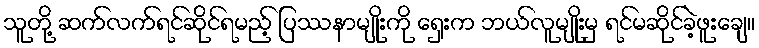
သူတို့ ဆက်လက်ရင်ဆိုင်ရမည့် ပြဿနာမျိုးကို ရှေးက ဘယ်လူမျိုးမှ ရင်မဆိုင်ခဲ့ဖူးချေ။